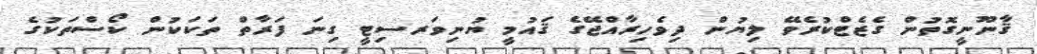
ޤާނޫނީގޮތުން ގެޒެޓްކުރެވޭ ލިޔުން ދިވެހިރާއްޖޭގެ ޤައުމީ ޔުނިވަރސިޓީ ގިނަ ފަރާތް ތަކަކުން ކޯސްތަކުގެ